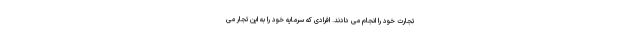
تجارت خود را انجام می دادند. افرادی که سرمایه خود را به این تجار می